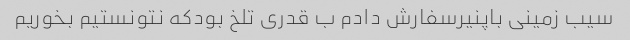
سیب زمینی باپنیرسفارش دادم ب قدری تلخ بودکه نتونستیم بخوریم